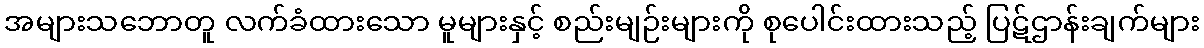
အများသဘောတူ လက်ခံထားသော မူများနှင့် စည်းမျဉ်းများကို စုပေါင်းထားသည့် ပြဋ်ဌာန်းချက်များ